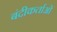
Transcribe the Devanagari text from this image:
बंदीकर्ताओं